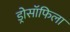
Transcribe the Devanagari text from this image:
ड्रोसॉफिला